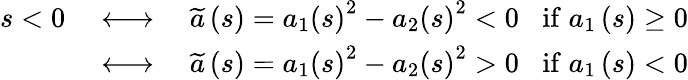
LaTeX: \begin{array}{rlr}{s<0\; }&{\longleftrightarrow}&{\; \widetilde{a}\left(s\right)=a_{1}\left(s\right)^{2}-a_{2}\left(s\right)^{2}<0\; \; \; \mathrm{if}\; a_{1}\left(s\right)\ge 0}\\ &{\longleftrightarrow}&{\; \widetilde{a}\left(s\right)=a_{1}\left(s\right)^{2}-a_{2}\left(s\right)^{2}>0\; \; \; \mathrm{if}\; a_{1}\left(s\right)<0}\end{array}